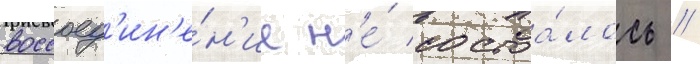
воссоед'ин'е́н'ие н'е́ состоа́лось //